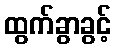
ထွက်ခွာခွင့်